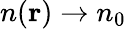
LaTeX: n(\mathbf{r})\to n_{0}